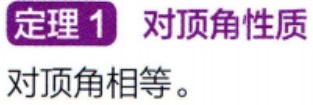
\begin{center}
\textbf{定理1} 对顶角性质\\
对顶角相等。
\end{center}